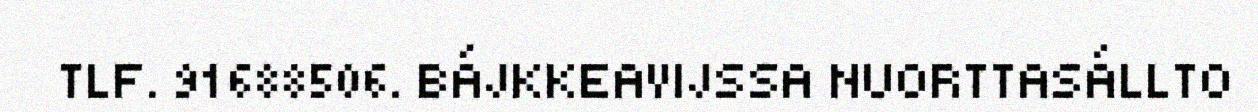
TLF. 91688506. BÁJKKEAVIJSSA NUORTTASÁLLTO